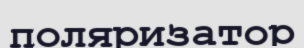
поляризатор